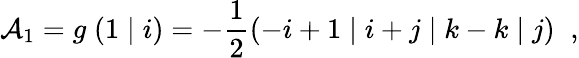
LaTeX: {\cal A}_{1}=g\; (1\; \vert\; i)=-\frac{1}{2}(-i+1\; \vert\; i+j\; \vert\; k-k\; \vert\; j)\; \; ,